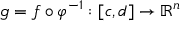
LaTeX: g = f \circ \varphi ^ { - 1 } : [ c , d ] \to \mathbb { R } ^ { n }